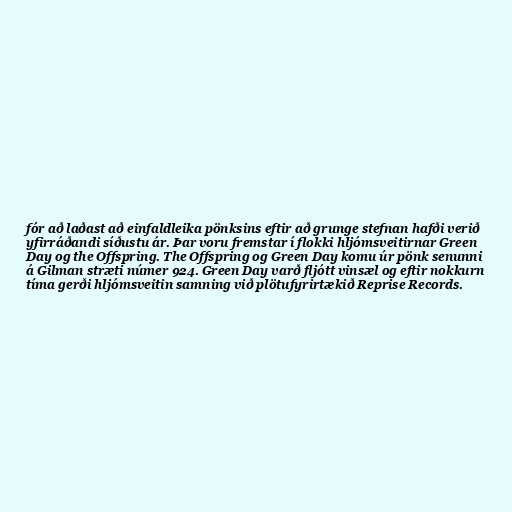
fór að laðast að einfaldleika pönksins eftir að grunge stefnan hafði verið
yfirráðandi síðustu ár. Þar voru fremstar í flokki hljómsveitirnar Green
Day og the Offspring. The Offspring og Green Day komu úr pönk senunni
á Gilman stræti númer 924. Green Day varð fljótt vinsæl og eftir nokkurn
tíma gerði hljómsveitin samning við plötufyrirtækið Reprise Records.